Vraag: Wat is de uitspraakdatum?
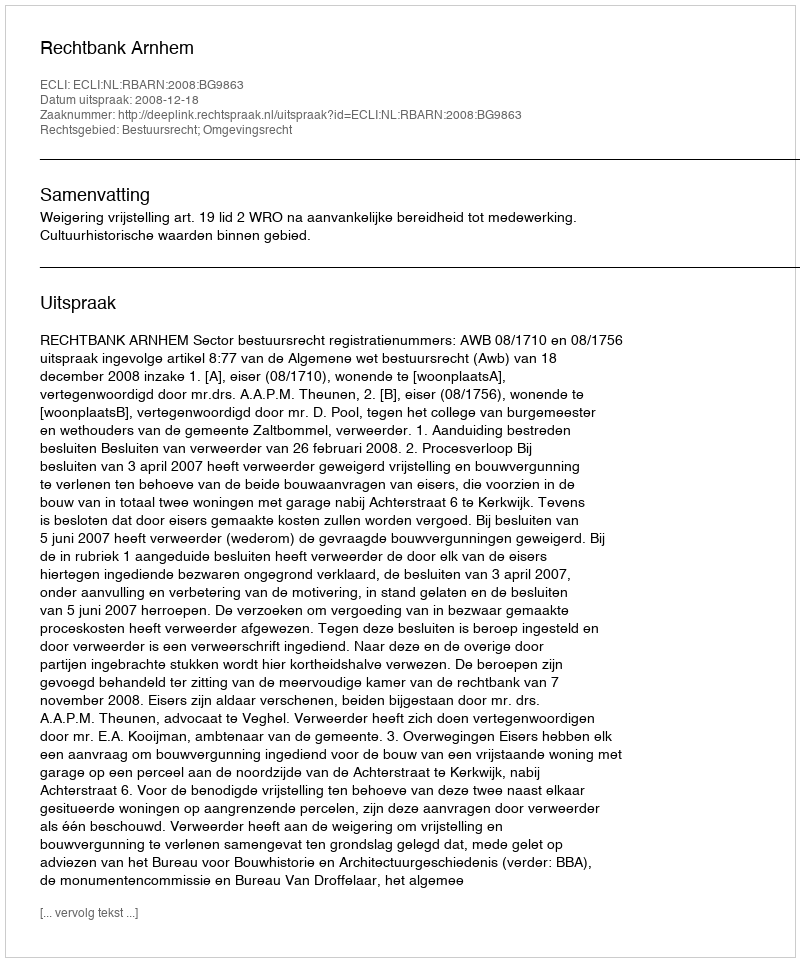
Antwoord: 2008-12-18